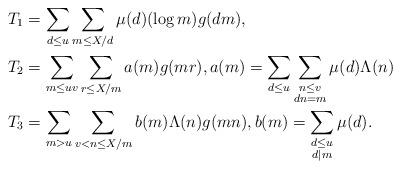
LaTeX: \begin{align*}T_1 &= \sum_{d \leq u} \sum_{m \leq X/d} \mu(d) (\log m) g(dm),\\T_2 &= \sum_{m \leq uv} \sum_{r \leq X/m} a(m) g(mr), a(m) = \sum\limits_{d \leq u} \sum\limits_{\substack{n \leq v \\ dn=m}} \mu(d) \Lambda(n)\\T_3 &= \sum_{m > u} \sum_{v < n \leq X/m} b(m) \Lambda(n) g(mn), b(m) = \sum\limits_{\substack{d \leq u \\ d | m}} \mu(d). \end{align*}